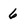
Character: 6